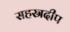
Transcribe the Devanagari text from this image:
सहस्रदीप